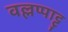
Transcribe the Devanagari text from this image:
वल्लप्पाट्टु